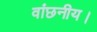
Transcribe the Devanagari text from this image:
वांछनीय।